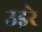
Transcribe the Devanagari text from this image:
उइरे